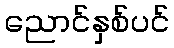
ညောင်နှစ်ပင်